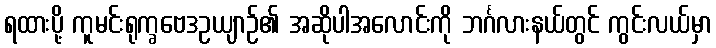
ရထားပို့ ကူမင်းရုက္ခဗေဒဥယျာဉ်၏ အဆိုပါအလောင်းကို ဘင်္ဂလားနယ်တွင် ကွင်းလယ်မှာ